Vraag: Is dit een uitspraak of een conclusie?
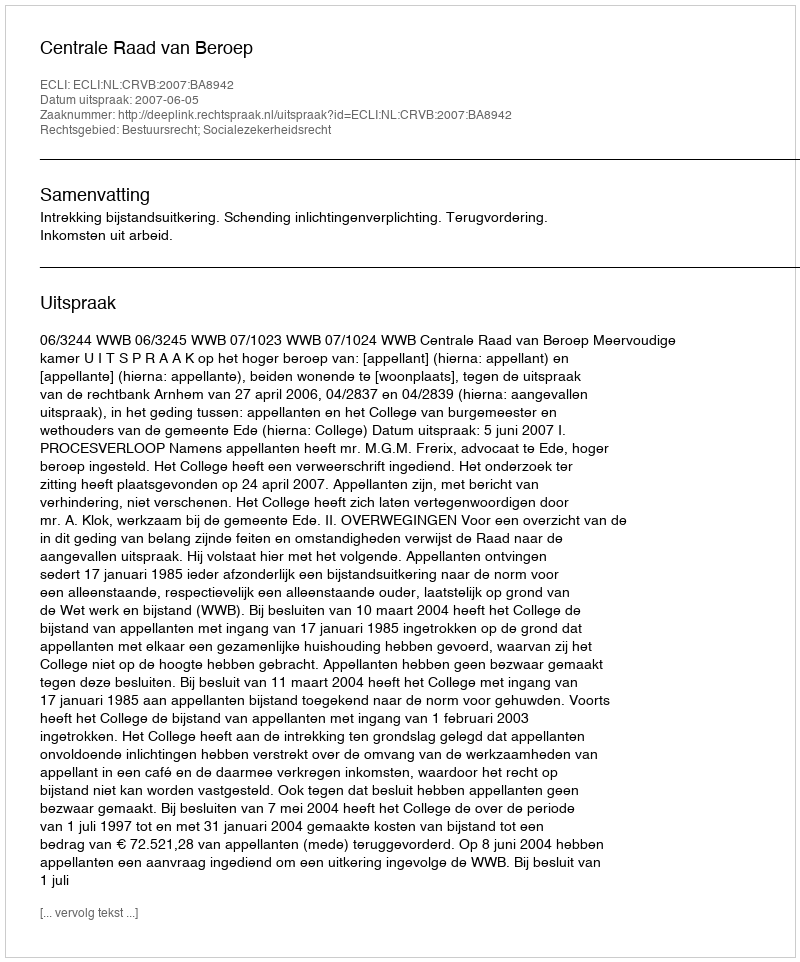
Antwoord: Uitspraak